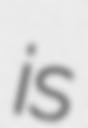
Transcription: is